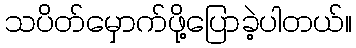
သပိတ်မှောက်ဖို့ပြောခဲ့ပါတယ်။